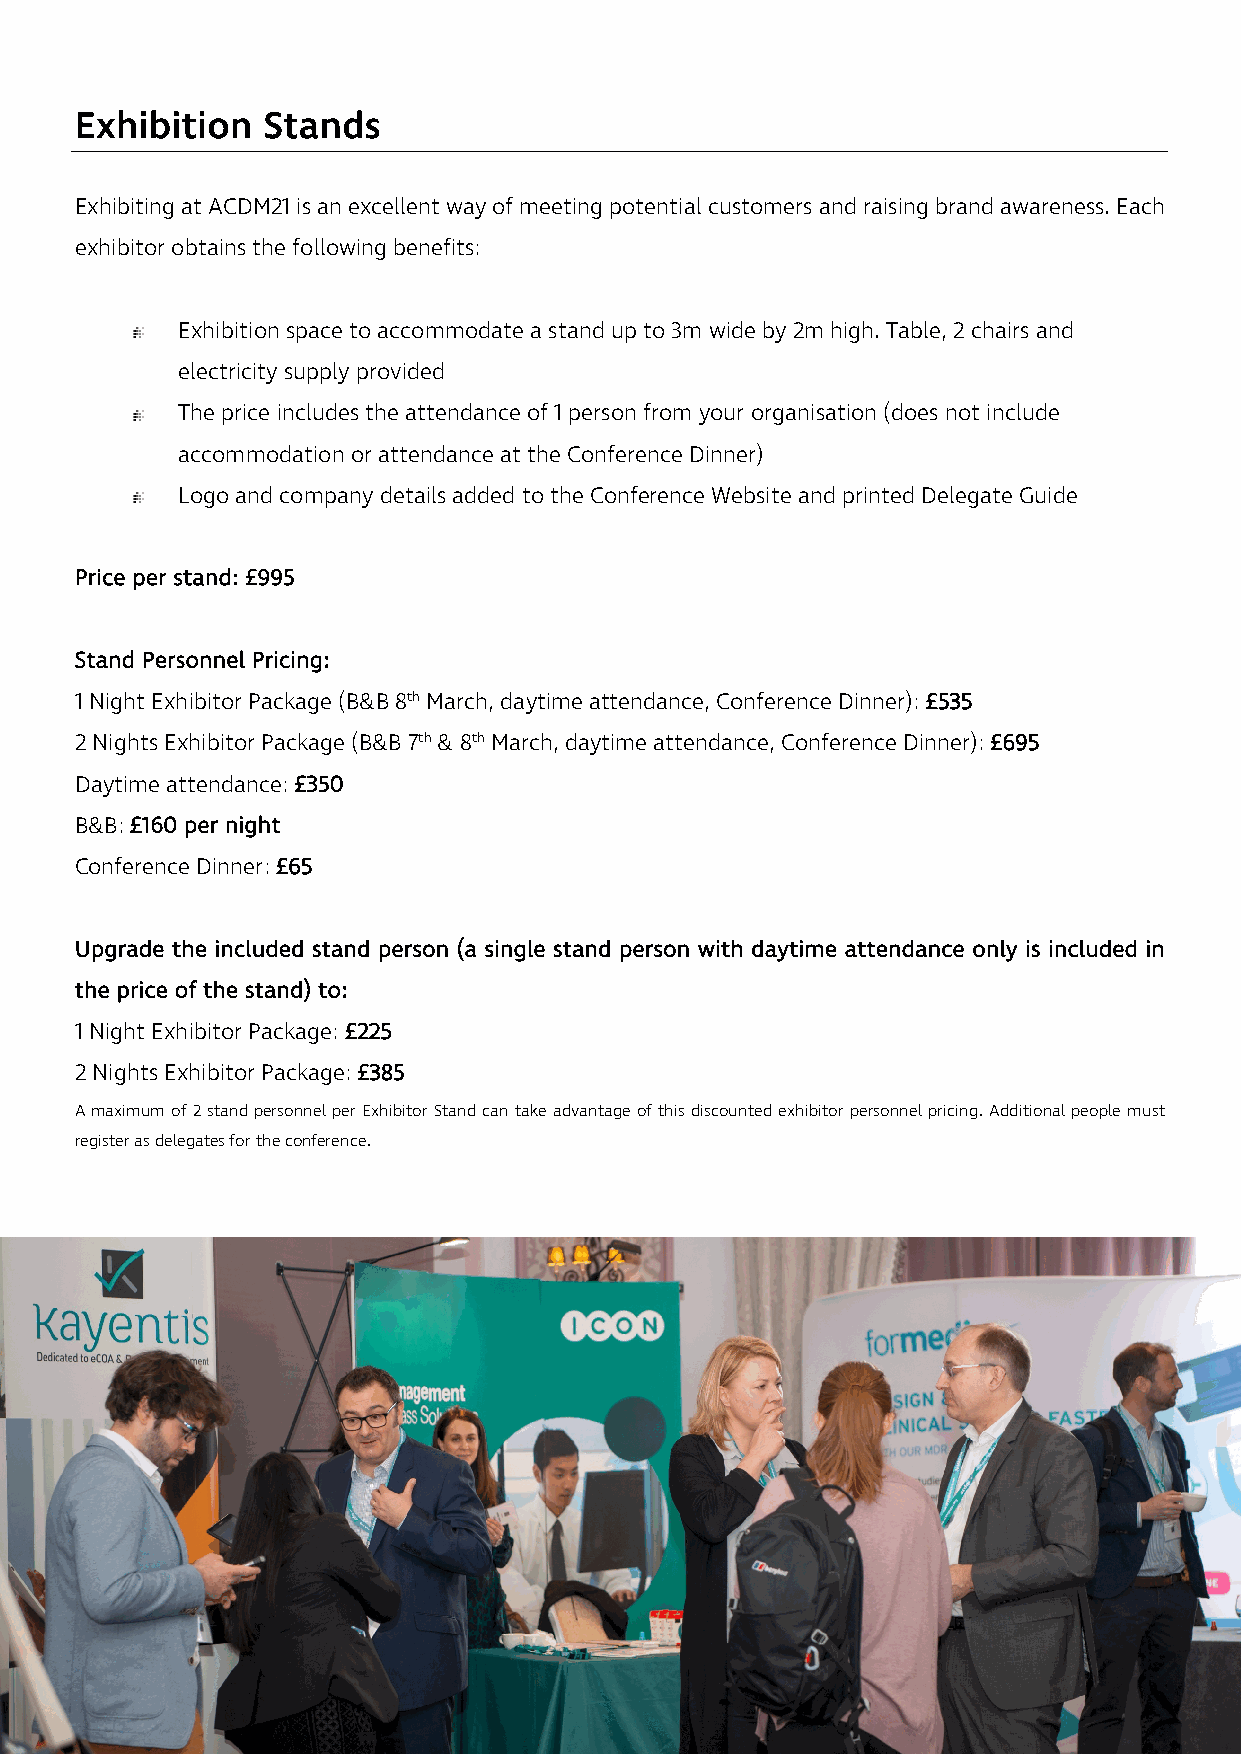
Exhibition  Stands
 Exhibiting at ACDM21 is an excellent way of meeting potential customers and raising brand awareness. Each
 exhibitor obtains the following benefits:
 Exhibition space to accommodate a stand up to 3m wide by 2m high. Table, 2 chairs and
 electricity supply provided
 The price includes the attendance of 1 person from your organisation (does not include
 accommodation or attendance at the Conference Dinner)
 Logo and company details added to the Conference Website and printed Delegate Guide
 Price per stand: £995
 Stand Personnel Pricing:
 1 Night Exhibitor Package (B&B 8th March, daytime attendance, Conference Dinner): £535
 2 Nights Exhibitor Package (B&B 7th & 8th March, daytime attendance, Conference Dinner): £695
 Daytime attendance: £350
 B&B: £160 per night
 Conference Dinner: £65
 Upgrade the included stand person (a single stand person with daytime attendance only is included in
 the price of the stand) to:
 1 Night Exhibitor Package: £225
 2 Nights Exhibitor Package: £385
 A maximum of 2 stand personnel per Exhibitor Stand can take advantage of this discounted exhibitor personnel pricing. Additional people must
 register as delegates for the conference.